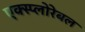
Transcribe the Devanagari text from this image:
एक्स्प्लोरेबल